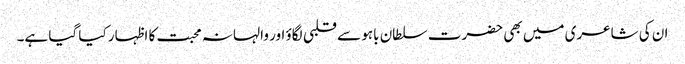
ان کی شاعری میں بھی حضرت سلطان باہو سے قلبی لگاؤ اور والہانہ محبت کا اظہار کیا گیا ہے۔